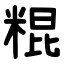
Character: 䊐